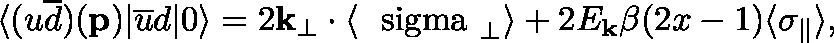
\langle ( u \overline { { { d } } } ) ( { \bf p } ) | \overline { { { u } } } d | 0 \rangle = 2 { \bf k } _ { \perp } \cdot \langle \mathrm { \boldmath { ~ \ s i g m a ~ } } _ { \perp } \rangle + 2 E _ { { \bf k } } \beta ( 2 x - 1 ) \langle \sigma _ { \parallel } \rangle ,